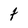
Character: t